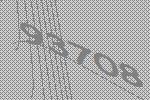
93708